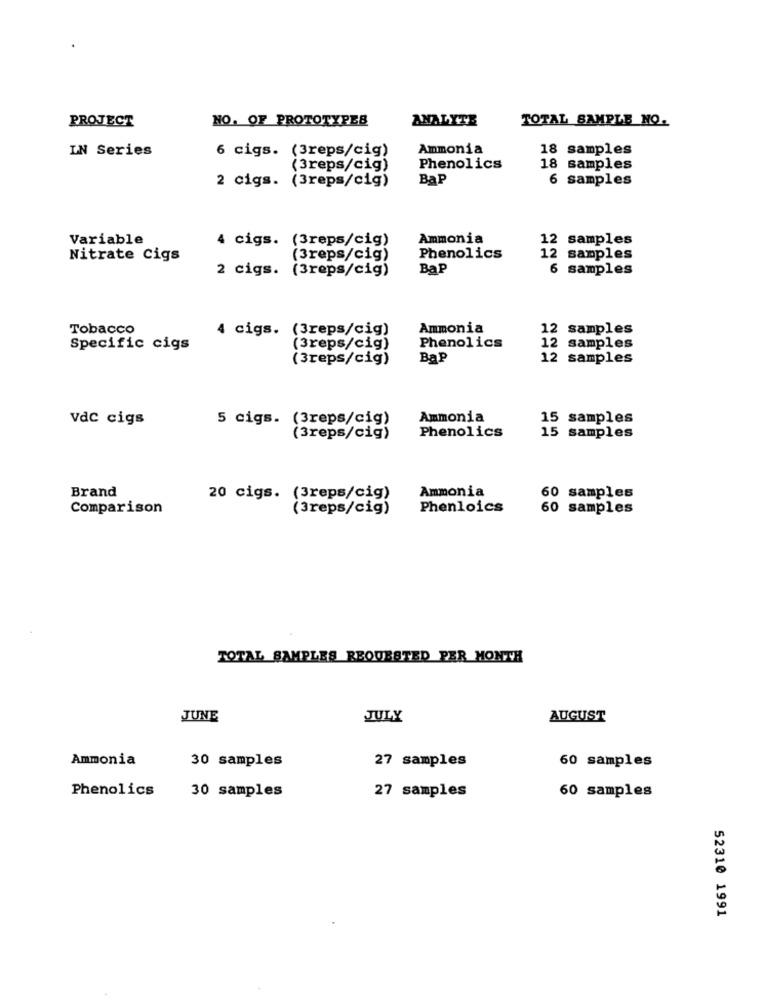
PROJECT
NO. OF PROTOTYPES
ANALYTE
TOTAL SAMPLE NO.
IN Series
6 cigs. (3reps/cig)
Ammonia
18 samples
(3reps/cig)
Phenolics
18 samples
2 cigs. (3reps/cig)
Bap
6 samples
Variable
4 cigs. (3reps/cig)
Ammonia
12 samples
Nitrate Cigs
(3reps/cig)
Phenolics
12 samples
2 cigs. (3reps/cig)
Bap
6 samples
Tobacco
4 cigs. (3reps/cig)
Ammonia
12 samples
Phenolics
Specific cigs
(3reps/cig)
12 samples
(3reps/cig)
Bap
12 samples
vac cigs
5 cigs. (3reps/cig)
Ammonia
15 samples
Phenolics
(3reps/cig)
15 samples
Brand
20 cigs. (3reps/cig)
Ammonia
60 samples
Comparison
(3reps/cig)
Phenloics
60 samples
TOTAL SAMPLES REQUESTED PER MONTH
JUNE
JULY
AUGUST
Ammonia
30 samples
27 samples
60 samples
Phenolics
27 samples
60 samples
30 samples
52310 1991